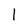
Character: 1